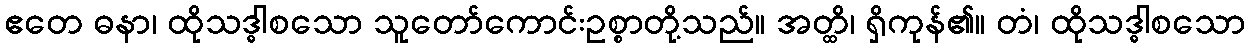
ဧတေ ဓနာ၊ ထိုသဒ္ဓါစသော သူတော်ကောင်းဥစ္စာတို့သည်။ အတ္ထိ၊ ရှိကုန်၏။ တံ၊ ထိုသဒ္ဓါစသော